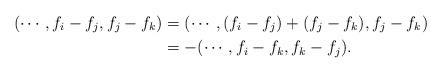
LaTeX: \begin{align*}(\cdots,f_i-f_j,f_j-f_k) &=(\cdots,(f_i-f_j)+(f_j-f_k),f_j-f_k) \\&=-(\cdots,f_i-f_k,f_k-f_j).\end{align*}